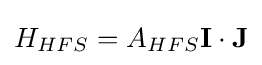
H_{HFS}=A_{HFS}\mathbf {I} \cdot \mathbf {J}